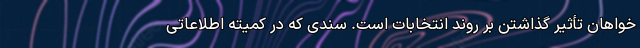
خواهان تأثیر گذاشتن بر روند انتخابات است. سندی که در کمیته اطلاعاتی